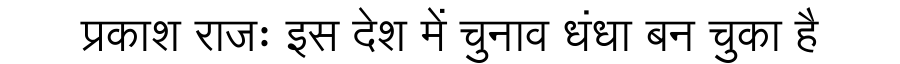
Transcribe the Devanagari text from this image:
प्रकाश राजः इस देश में चुनाव धंधा बन चुका है